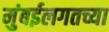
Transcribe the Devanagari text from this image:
मुंबईलगतच्या